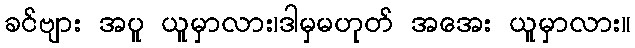
ခင်ဗျား အပူ ယူမှာလား၊ဒါမှမဟုတ် အအေး ယူမှာလား။